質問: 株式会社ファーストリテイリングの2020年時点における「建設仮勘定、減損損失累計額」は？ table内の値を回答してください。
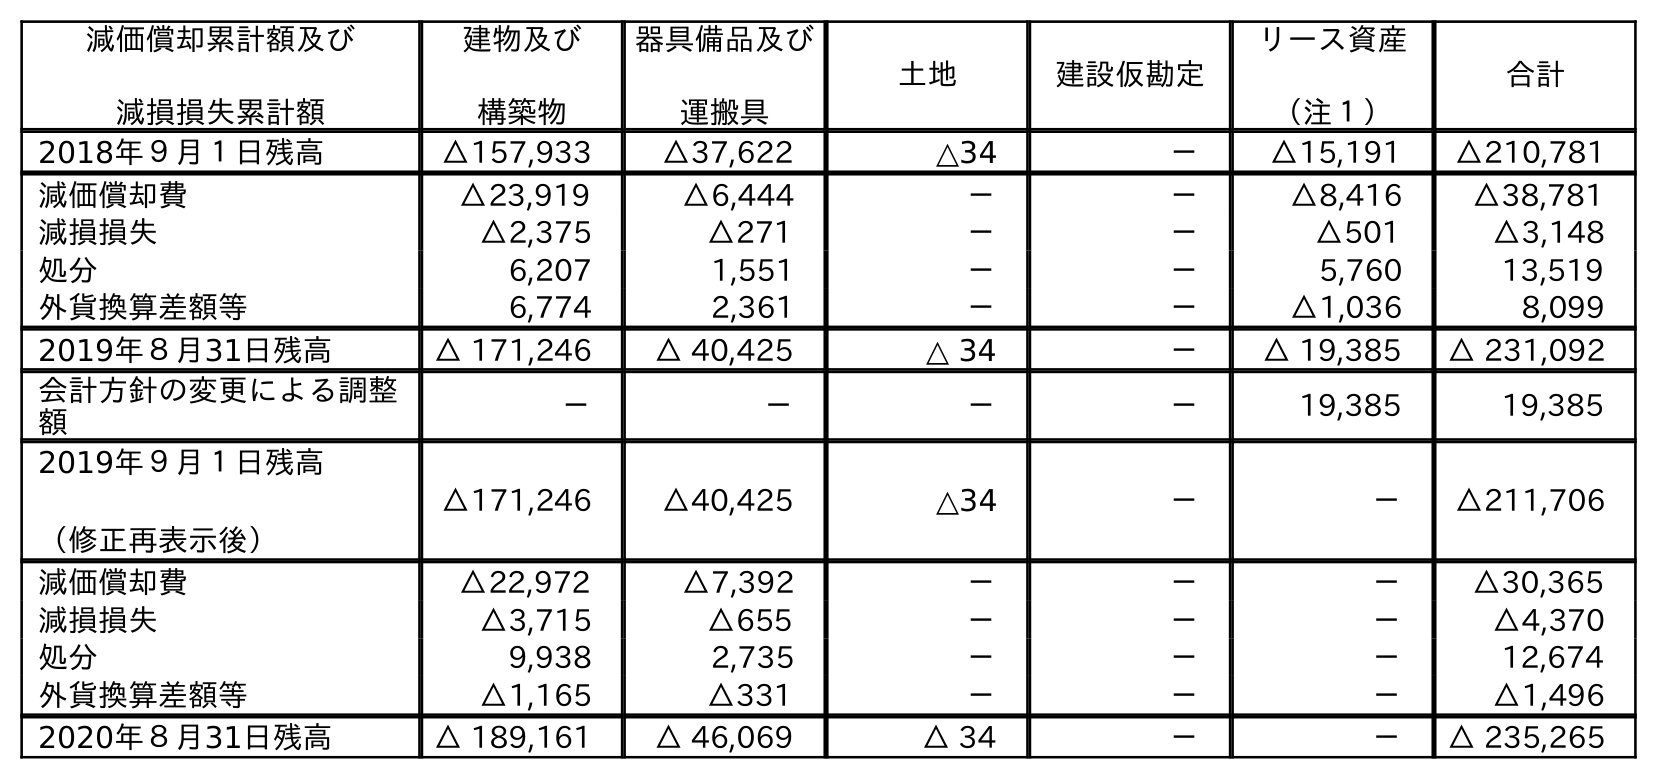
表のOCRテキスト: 減価償却累計額及び 減損損失累計額 建物及び 構築物 器具備品及び 運搬具 土地 建設仮勘定 リース資産 （注１） 合計 2018年９月１日残高 △157,933 △37,622 △34 － △15,191 △210,781 減価償却費 △23,919 △6,444 － － △8,416 △38,781 減損損失 △2,375 △271 － － △501 △3,148 処分 6,207 1,551 － － 5,760 13,519 外貨換算差額等 6,774 2,361 － － △1,036 8,099 2019年８月31日残高 △ 171,246 △ 40,425 △ 34 － △ 19,385 △ 231,092 会計方針の変更による調整 額 － － － － 19,385 19,385 2019年９月１日残高 （修正再表示後） △171,246 △40,425 △34 － － △211,706 減価償却費 △22,972 △7,392 － － － △30,365 減損損失 △3,715 △655 － － － △4,370 処分 9,938 2,735 － － － 12,674 外貨換算差額等 △1,165 △331 － － － △1,496 2020年８月31日残高 △ 189,161 △ 46,069 △ 34 － － △ 235,265
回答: －